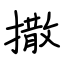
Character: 撒